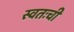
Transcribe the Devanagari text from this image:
स्वतःची